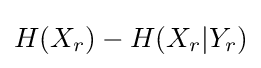
\textstyle H(X_{r})-H(X_{r}|Y_{r})